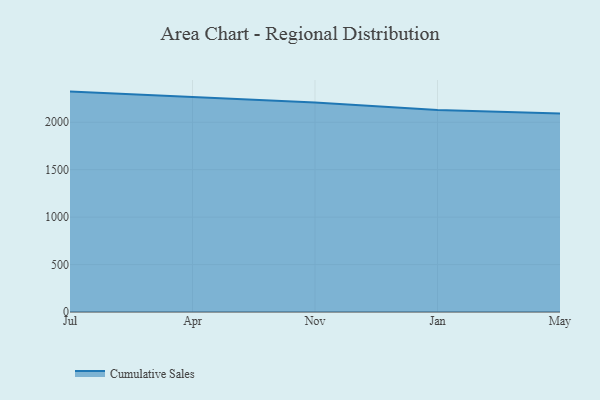
{"axis": {"x": "Month", "y": "Headcount"}, "legend": ["Cumulative Sales"], "data": [{"x": "Jul", "y": 2323.0, "type": "Cumulative Sales"}, {"x": "Apr", "y": 2264.4, "type": "Cumulative Sales"}, {"x": "Nov", "y": 2209.3, "type": "Cumulative Sales"}, {"x": "Jan", "y": 2129.8, "type": "Cumulative Sales"}, {"x": "May", "y": 2092.0, "type": "Cumulative Sales"}]}